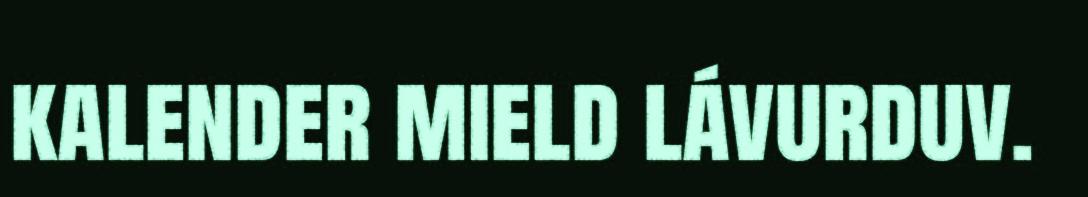
kalender mield lávurduv.